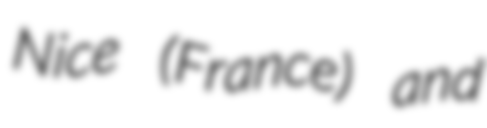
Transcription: Nice (France) and